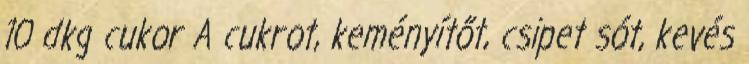
10 dkg cukor A cukrot, keményítőt, csipet sót, kevés